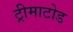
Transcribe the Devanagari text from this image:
ट्रीमाटोड